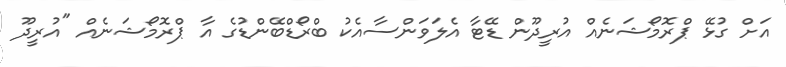
އަށް ގުޅޭ ޕްރޮމޯޝަނެއް އުރީދޫން ޑޭޓާ އެލަވަންސާއެކު ބްރޯޑްބޭންޑުގެ އާ ޕްރޮމޯޝަނެއް "އުރީދޫ